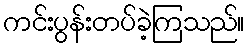
ကင်းပွန်းတပ်ခဲ့ကြသည်။